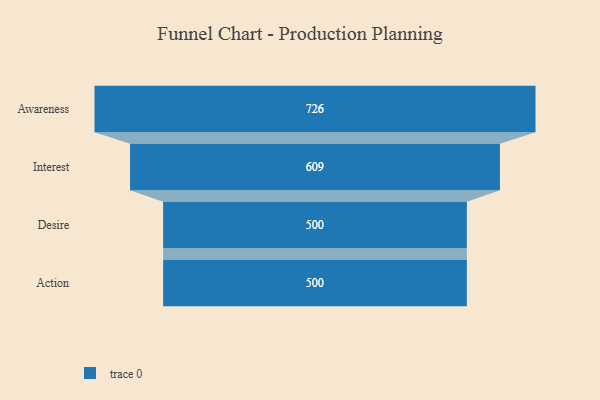
{"axis": {"x": "Stage", "y": "Value"}, "legend": [""], "data": [{"x": "Awareness", "y": 726.0, "type": ""}, {"x": "Interest", "y": 609.0, "type": ""}, {"x": "Desire", "y": 500, "type": ""}, {"x": "Action", "y": 500, "type": ""}]}